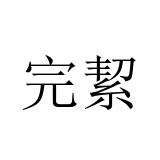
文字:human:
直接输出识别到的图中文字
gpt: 完絜